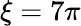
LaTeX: \xi=7\pi